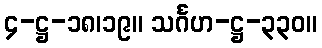
၄-ဋ္ဌ-၁၈၊၁၉။ သင်္ဂဟ-ဋ္ဌ-၃၃၀။